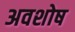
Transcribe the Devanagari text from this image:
अवशोष